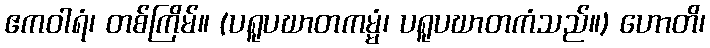
ဧကဝါရံ၊ တစ်ကြိမ်။ (ပရူပဃာတကမ္မံ၊ ပရူပဃာတကံသည်။) ဟောတိ၊